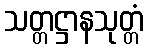
သတ္တဋ္ဌာနသုတ္တံ